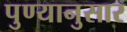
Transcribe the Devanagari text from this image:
पुण्यानुसार